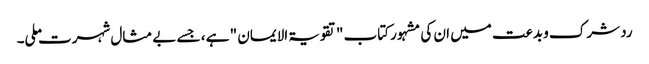
رد شرک و بدعت میں ان کی مشہور کتاب "تقویۃ الایمان " ہے ، جسے بے مثال شہرت ملی۔